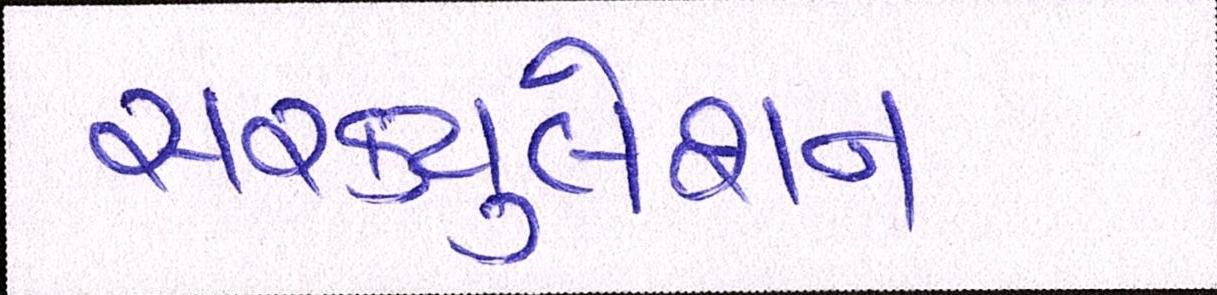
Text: સરકયુલેશન